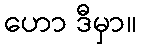
ဟော ဒီမှာ။